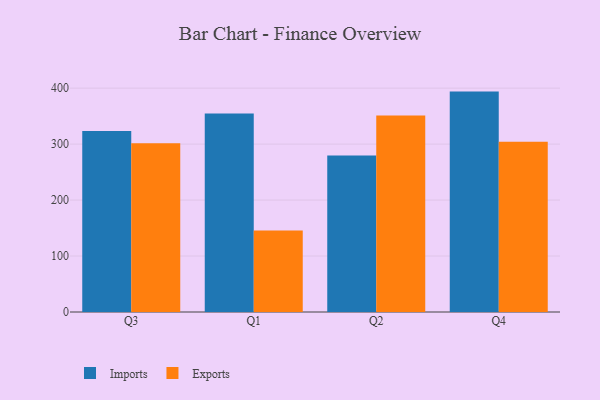
{"axis": {"x": "Quarter", "y": "Conversion Rate (%)"}, "legend": ["Exports", "Imports"], "data": [{"x": "Q3", "y": 323.4, "type": "Imports"}, {"x": "Q3", "y": 301.4, "type": "Exports"}, {"x": "Q1", "y": 354.6, "type": "Imports"}, {"x": "Q1", "y": 145.8, "type": "Exports"}, {"x": "Q2", "y": 279.6, "type": "Imports"}, {"x": "Q2", "y": 351.3, "type": "Exports"}, {"x": "Q4", "y": 393.8, "type": "Imports"}, {"x": "Q4", "y": 304.0, "type": "Exports"}]}